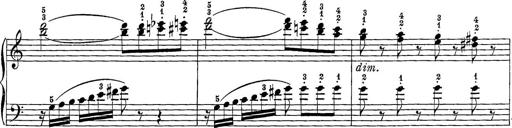
Title: 12 Sonatine per Pianoforte
Composer: Friedrich Kuhlau